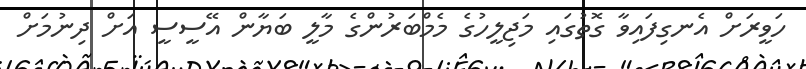
ހަވީރަށް އެނގިފައިވާ ގޮތުގައި މަޖިލީހުގެ މެމްބަރުންގެ މާލީ ބަޔާން އޭސީސީ އަށް ދިނުމަށް